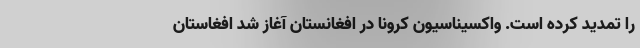
را تمدید کرده است. واکسیناسیون کرونا در افغانستان آغاز شد افغاستان